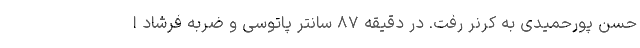
حسن پورحمیدی به کرنر رفت. در دقیقه ۸۷ سانتر پاتوسی و ضربه فرشاد ا